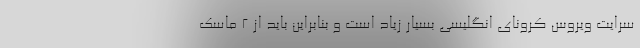
سرایت ویروس کرونای انگلیسی بسیار زیاد است و بنابراین باید از 2 ماسک